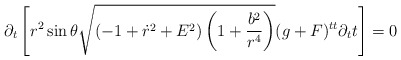
\begin{align*}\partial_t\left[ r^2 \sin \theta \sqrt{(-1+\dot{r}^2+E^2)\left(1+\frac{b^2}{r^4}\right)} (g+F)^{tt} \partial_t t\right]= 0\end{align*}